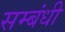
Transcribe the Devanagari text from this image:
सम्‍बंधी